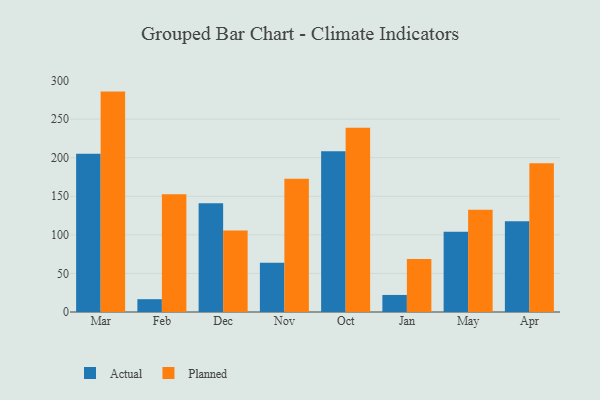
{"axis": {"x": "Month", "y": "Latency (ms)"}, "legend": ["Actual", "Planned"], "data": [{"x": "Mar", "y": 205.1, "type": "Actual"}, {"x": "Mar", "y": 285.7, "type": "Planned"}, {"x": "Feb", "y": 16.6, "type": "Actual"}, {"x": "Feb", "y": 152.7, "type": "Planned"}, {"x": "Dec", "y": 141.1, "type": "Actual"}, {"x": "Dec", "y": 105.5, "type": "Planned"}, {"x": "Nov", "y": 63.7, "type": "Actual"}, {"x": "Nov", "y": 172.7, "type": "Planned"}, {"x": "Oct", "y": 208.4, "type": "Actual"}, {"x": "Oct", "y": 238.9, "type": "Planned"}, {"x": "Jan", "y": 22.1, "type": "Actual"}, {"x": "Jan", "y": 68.6, "type": "Planned"}, {"x": "May", "y": 104.1, "type": "Actual"}, {"x": "May", "y": 132.5, "type": "Planned"}, {"x": "Apr", "y": 117.6, "type": "Actual"}, {"x": "Apr", "y": 192.8, "type": "Planned"}]}